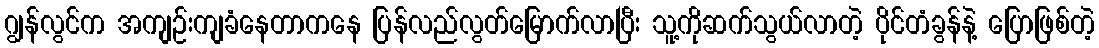
ဂျွန်လွင်က အကျဉ်းကျခံနေတာကနေ ပြန်လည်လွတ်မြောက်လာပြီး သူ့ကိုဆက်သွယ်လာတဲ့ ပိုင်တံခွန်နဲ့ ပြောဖြစ်တဲ့